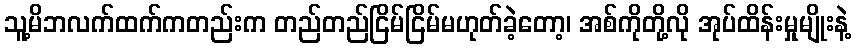
သူ့မိဘလက်ထက်ကတည်းက တည်တည်ငြိမ်ငြိမ်မဟုတ်ခဲ့တော့၊ အစ်ကိုတို့လို အုပ်ထိန်းမှုမျိုးနဲ့